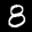
Label: 8